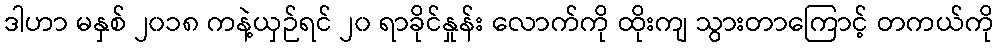
ဒါဟာ မနှစ် ၂၀၁၈ ကနဲ့ယှဉ်ရင် ၂၀ ရာခိုင်နှုန်း လောက်ကို ထိုးကျ သွားတာကြောင့် တကယ်ကို